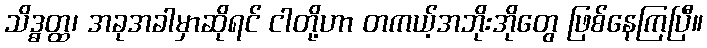
သိဒ္ဓတ္ထ၊ အခုအခါမှာဆိုရင် ငါတို့ဟာ တကယ့်အဘိုးအိုတွေ ဖြစ်နေကြပြီ။